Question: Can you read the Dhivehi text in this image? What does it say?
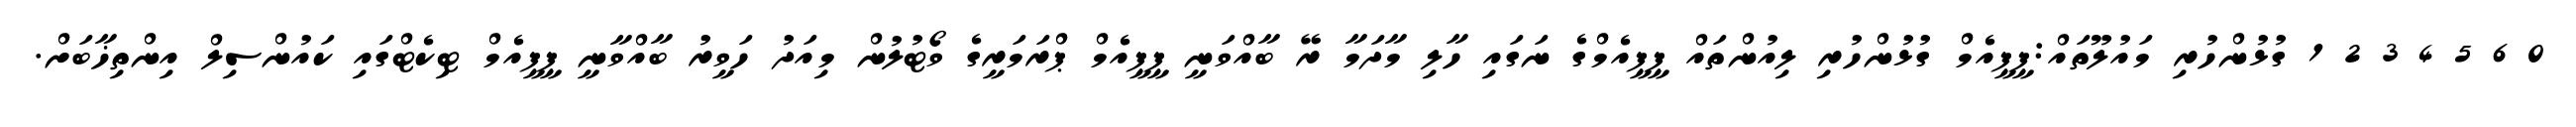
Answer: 0 6 5 4 3 2 1 ގުޅުންހުރި މައުލޫތައް:ޕީޕީއެމް ގުޅުންހުރި ލިއުންތައް ޕީޕީއެމްގެ ނަގައި ހާލި މާދަމާ ރޭ ބާއްވަނީ ޕީޕީއެމް ޕްރަމަރީގެ ވޯޓުލުން މިއަދު ހަވީރު ބާއްވާނީ ޕީޕީއެމް ޓިކެޓްގައި ކައުންސިލް އިންތިޚާބަށް.